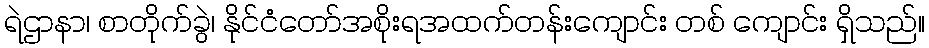
ရဲဌာနာ၊ စာတိုက်ခွဲ၊ နိုင်ငံတော်အစိုးရအထက်တန်းကျောင်း တစ် ကျောင်း ရှိသည်။